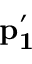
{ \bf p _ { 1 } ^ { \prime } }